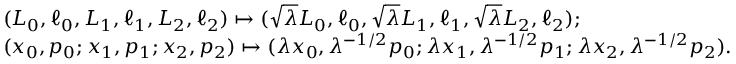
\begin{array} { r l } & { ( L _ { 0 } , \ell _ { 0 } , L _ { 1 } , \ell _ { 1 } , L _ { 2 } , \ell _ { 2 } ) \mapsto ( \sqrt \lambda L _ { 0 } , \ell _ { 0 } , \sqrt \lambda L _ { 1 } , \ell _ { 1 } , \sqrt \lambda L _ { 2 } , \ell _ { 2 } ) ; } \\ & { ( x _ { 0 } , p _ { 0 } ; x _ { 1 } , p _ { 1 } ; x _ { 2 } , p _ { 2 } ) \mapsto ( \lambda x _ { 0 } , \lambda ^ { - 1 / 2 } p _ { 0 } ; \lambda x _ { 1 } , \lambda ^ { - 1 / 2 } p _ { 1 } ; \lambda x _ { 2 } , \lambda ^ { - 1 / 2 } p _ { 2 } ) . } \end{array}